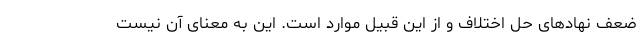
ضعف نهادهای حل اختلاف و از این قبیل موارد است. این به معنای آن نیست